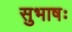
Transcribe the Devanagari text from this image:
सुभाषः